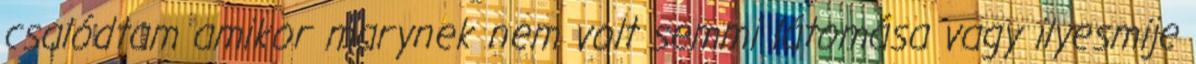
csalódtam amikor marynek nem volt semmi látomása vagy ilyesmije